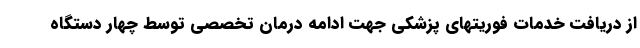
از دریافت خدمات فوریتهای پزشکی جهت ادامه درمان تخصصی توسط چهار دستگاه